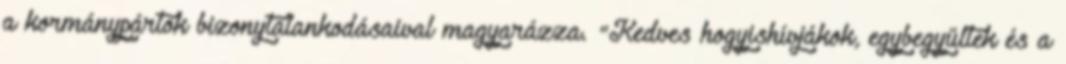
a kormánypártok bizonytalankodásaival magyarázza. "Kedves hogyishívjákok, egybegyűltek és a